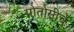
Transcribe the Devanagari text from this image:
पोतोसीचे